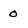
Character: 0